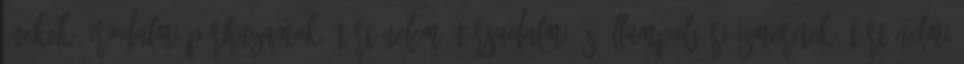
énekek, irodalmi párhuzamok. Történelem, társadalmi és állampolgári ismeretek: történelmi